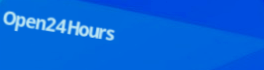
Open24Hours